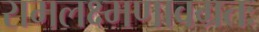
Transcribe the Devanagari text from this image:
रामलक्ष्मणावग्रतः